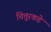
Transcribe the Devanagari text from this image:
चित्तूरकडे